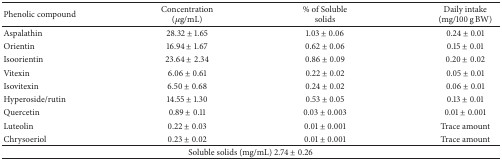
<table><thead><tr><td><b>Phenolic compound</b></td><td><b>Concentration (<i>μ</i>g/mL)</b></td><td><b>% of Soluble solids</b></td><td><b>Daily intake (mg/100 g BW)</b></td></tr></thead><tbody><tr><td>Aspalathin</td><td>28.32 ± 1.65</td><td>1.03 ± 0.06</td><td>0.24 ± 0.01</td></tr><tr><td>Orientin</td><td>16.94 ± 1.67</td><td>0.62 ± 0.06</td><td>0.15 ± 0.01</td></tr><tr><td>Isoorientin</td><td>23.64 ± 2.34</td><td>0.86 ± 0.09</td><td>0.20 ± 0.02</td></tr><tr><td>Vitexin</td><td> 6.06 ± 0.61</td><td>0.22 ± 0.02</td><td>0.05 ± 0.01</td></tr><tr><td>Isovitexin</td><td> 6.50 ± 0.68</td><td>0.24 ± 0.02</td><td>0.06 ± 0.01</td></tr><tr><td>Hyperoside/rutin</td><td>14.55 ± 1.30</td><td>0.53 ± 0.05</td><td>0.13 ± 0.01</td></tr><tr><td>Quercetin</td><td> 0.89 ± 0.11</td><td>0.03 ± 0.003</td><td>0.01 ± 0.001</td></tr><tr><td>Luteolin</td><td> 0.22 ± 0.03</td><td>0.01 ± 0.001</td><td>Trace amount</td></tr><tr><td>Chrysoeriol</td><td> 0.23 ± 0.02</td><td>0.01 ± 0.001</td><td>Trace amount</td></tr><tr><td colspan="4">Soluble solids (mg/mL) 2.74 ± 0.26</td></tr></tbody></table>